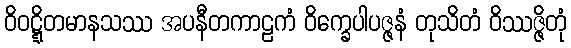
ဝိဝဋ္ဋိတမာနသဿ အပနီတကာဠကံ ဝိက္ခေပါပဇ္ဇနံ တုသိတံ ဝိဿဇ္ဇိတုံ